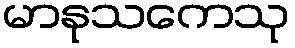
မာနုသကေသု